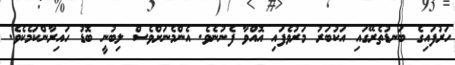
ހަރުފައިގެ ބަނޑުތެރޭގައި އަކުބަރު މަރުވެފައި އޮއްވާ ފެނުނެވެ. އެންމެނަށްވެސް ލިބުނީ ބޮޑު ހައިރާންކަމެކެވެ.